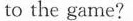
to the game?